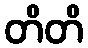
တိတိ